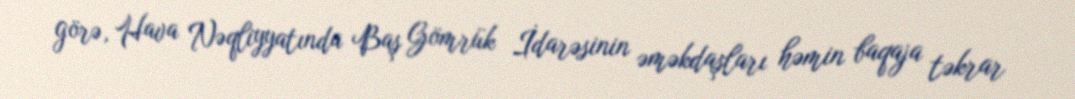
görə, Hava Nəqliyyatında Baş Gömrük İdarəsinin əməkdaşları həmin baqaja təkrar